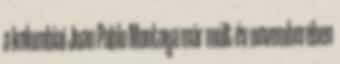
a kolumbiai Juan Pablo Montoya már múlt év novemberében